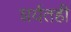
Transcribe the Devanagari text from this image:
शर्यतही